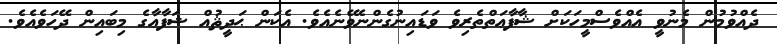
ދެއްވުމުން މެނުވީ އެއްވެސްމީހަކަށް ޝާފާޢަތްތެރިވެ ވަޑައިނުގެންނެވޭނެއެވެ. އެކަން ޙަދީޘުއް ޝަފާޢާގެ މިބައިން ދޭހަވެއެވެ.